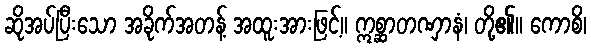
ဆိုအပ်ပြီးသော အခိုက်အတန့် အထူးအားဖြင့်။ ဣစ္ဆာတဏှာနံ၊ တို့၏။ ကောစိ၊